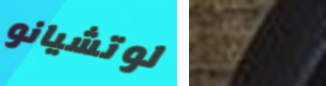
لوتشيانو نختار